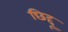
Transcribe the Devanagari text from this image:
छिद्दू